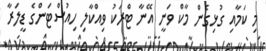
މި ކަމާއި ގުޅިގެން މާކް ވަނީ އޭނާ ޓްރަކު ވިއްކާލި ހިއުސްޓަންގެ ޑީލަރާ